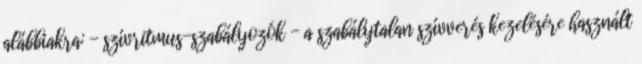
alábbiakra: - szívritmus-szabályozók - a szabálytalan szívverés kezelésére használt